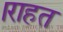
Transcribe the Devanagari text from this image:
।राहत